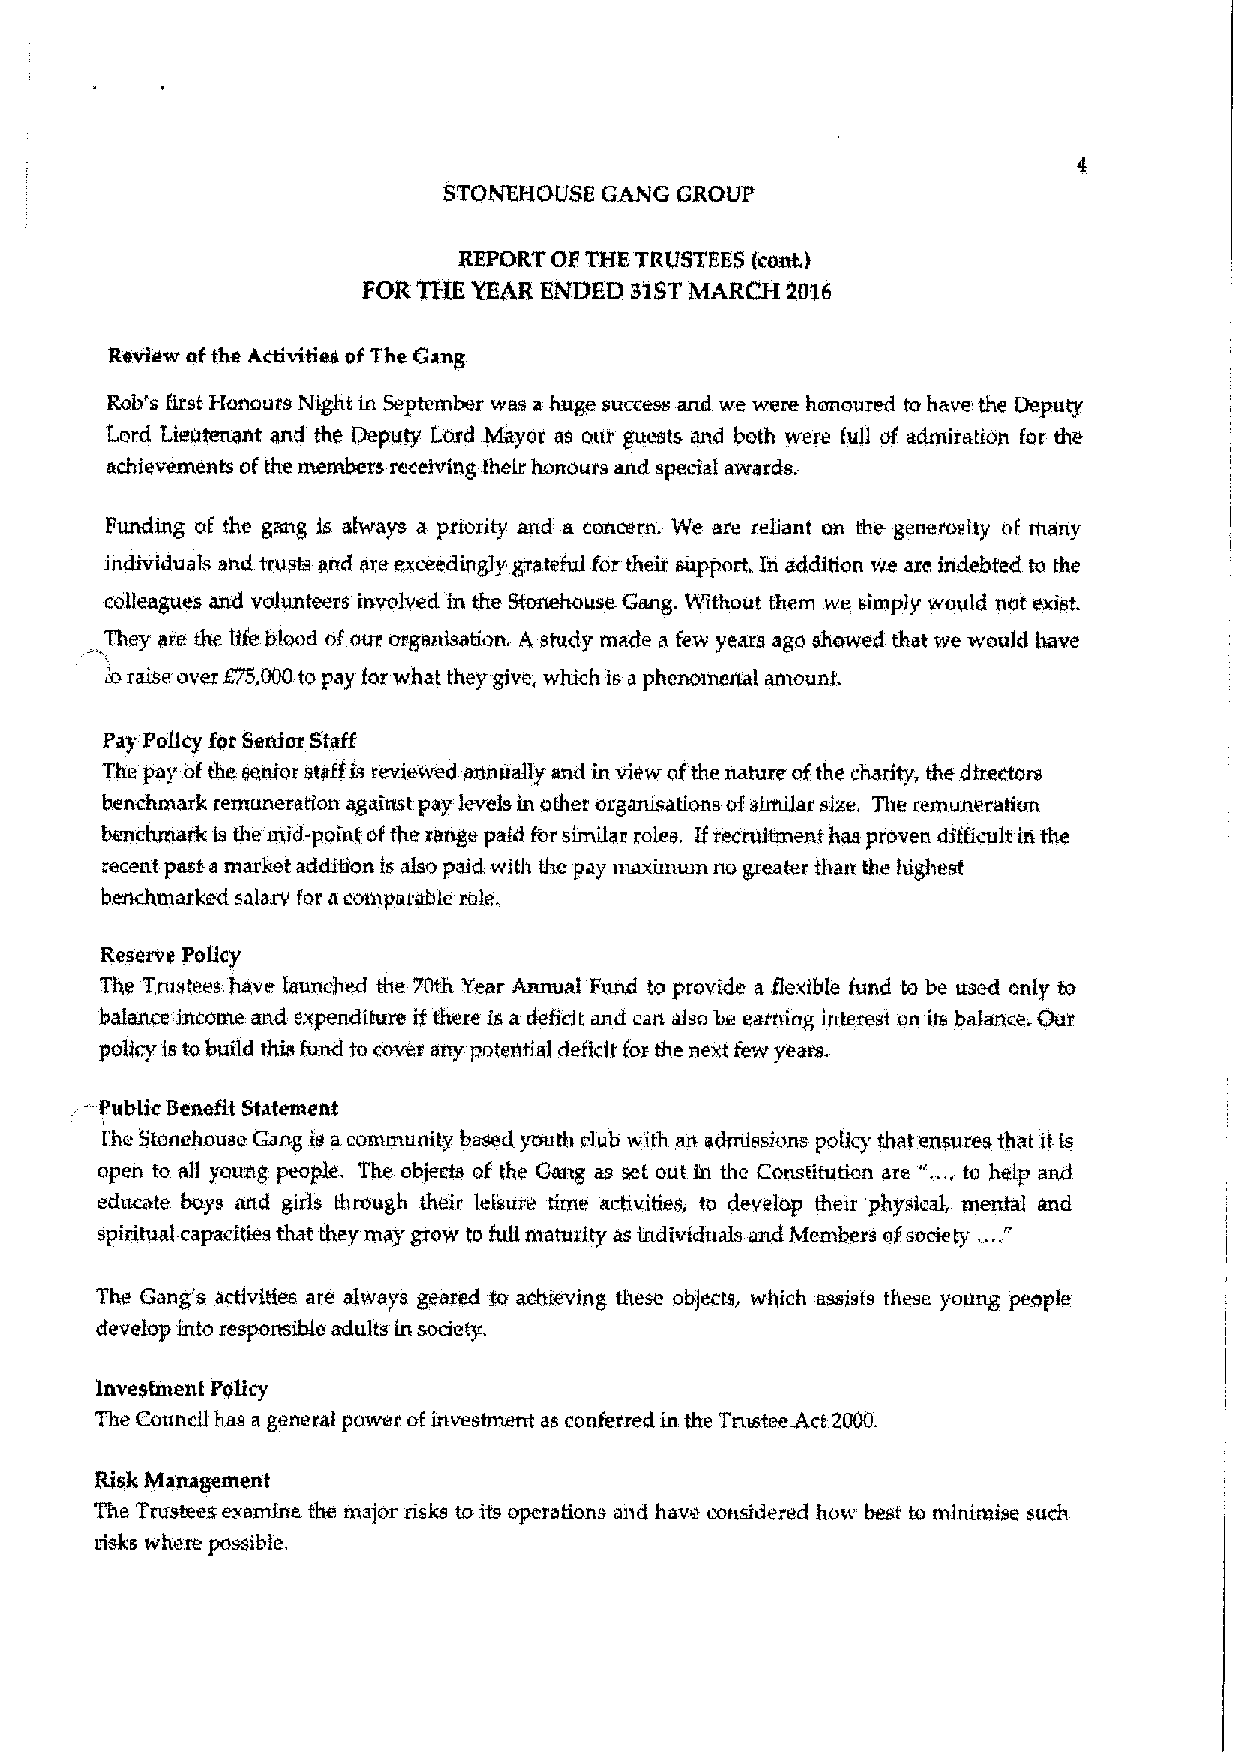
STONEHOUSE GANG GROUP
 REPORT OF THE TRUSTEES (coxxt.)
 FOR THE YEAR ENDED SISTMARCH 2026
 Review ofthe hctivttiea of The Gang
 Rob's Erst Honours N~t in September was a huge success and we were honoured to have the Deputy
 Lord Lieutenant and the Deputy l.oxd Mayor as our guests and both were full of admiration for the
 achievements ofthe members receiving their honours and special awards.
 Funding of the gang is always a priority and a concern. 'We are reliant on the generosity of many
 individuals and trusts and are exceedingly grateful for their, support. Iri addpdon we axe indebted to the
 colleagues and volunteers involved in the Stonehouse Gang. Without them we simply would not exist.
 They axe the life blood ofour organisation. A study made a few years ago showed that we would have
 axraise ovex Ey5,000topay for w'hat they give, which is a phenomenal amount.
 Pay Policy for Serder Staff
 The pay ofthe senior staff is reviewed annually and in view ofthe nature ofthe charity, the directors
 benchmark remuneration against pay levels in other organLsations ofsimilar size. The remuneration
 benchmarfc is the mid-point ofthe range paid forsimilar xoles. Ifrecruitment has proven difficult in the
 recent past a market addition is also paid with the pay maximum no greater than the highest
 benchmarked salary for acomparable role.
 Reserve Policy
 The Trustees have launched the 70th Year Annual Fund to provide a flexible fund to be txsed only to
 balance ixtcome and expenditure if there is a deficit and can also be earning mtexest on its balance. Our
 policy is tobuild this Amd to cover any potexiti el deftct tfox the next few years.
 --Public Benefit Statement
 I'he Stonebouse Gang is a community based youth club with an admissions policy that ensures that it ls
 "..
 open to all young people. The objects of the Gang as set out in the Constitution are ., to help and
 educate, buys and girls thrcugh their leisure time ai+vities, to develop theix physical, men% and
 "
 spiritual capacities that they may grow to AN matuxi ty as individuals and Members ofsociety, ...
 The Gang's activities are always geared to achieving these objects, which assists these young people
 develop into xesponstbte adults in society,
 Investment Policy
 The Coundl has ageneral power ofinvestment as conferred in the Trustee&ct 2000.
 Risk Management
 The Trustees examine the major risks toits operations and have considered how best to mlnimise such
 risks where possible,